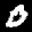
Label: 0